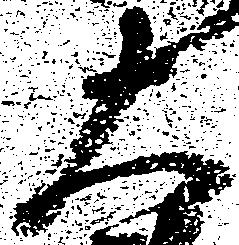
大